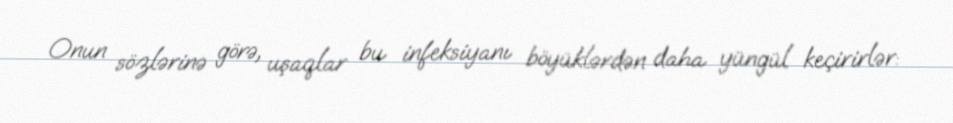
Onun sözlərinə görə, uşaqlar bu infeksiyanı böyüklərdən daha yüngül keçirirlər: